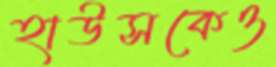
হাউসকেও